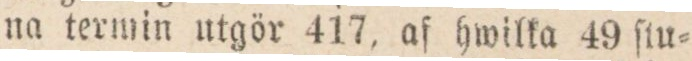
na termin utgör 417, af hwilka 49 ſtu=